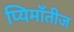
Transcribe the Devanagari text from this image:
प्यिमाँतीज